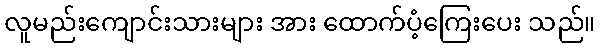
လူမည်းကျောင်းသားများ အား ထောက်ပံ့ကြေးပေး သည်။